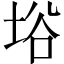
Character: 﨏